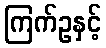
ကြက်ဥနှင့်